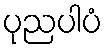
ပုညပါပံ